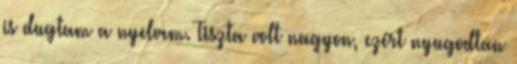
is dugtam a nyelvem. Tiszta volt nagyon, ezért nyugodtan